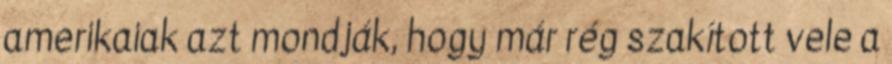
amerikaiak azt mondják, hogy már rég szakított vele a